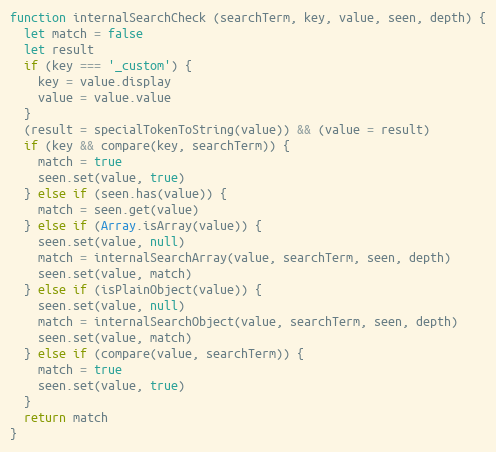
Language: JavaScript
function internalSearchCheck (searchTerm, key, value, seen, depth) {
  let match = false
  let result
  if (key === '_custom') {
    key = value.display
    value = value.value
  }
  (result = specialTokenToString(value)) && (value = result)
  if (key && compare(key, searchTerm)) {
    match = true
    seen.set(value, true)
  } else if (seen.has(value)) {
    match = seen.get(value)
  } else if (Array.isArray(value)) {
    seen.set(value, null)
    match = internalSearchArray(value, searchTerm, seen, depth)
    seen.set(value, match)
  } else if (isPlainObject(value)) {
    seen.set(value, null)
    match = internalSearchObject(value, searchTerm, seen, depth)
    seen.set(value, match)
  } else if (compare(value, searchTerm)) {
    match = true
    seen.set(value, true)
  }
  return match
}